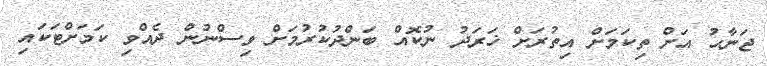
ޖަނާޙު އަށް ތިކަމަށް އިތުރަށް ޚަރަދު ނުކޮއް ބަންދުކުރުމަށް ވިސްނުން ދެއްވި ކަމަށްޓަކައި